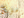
منزلكم